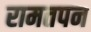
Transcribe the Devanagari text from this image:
रामतपन